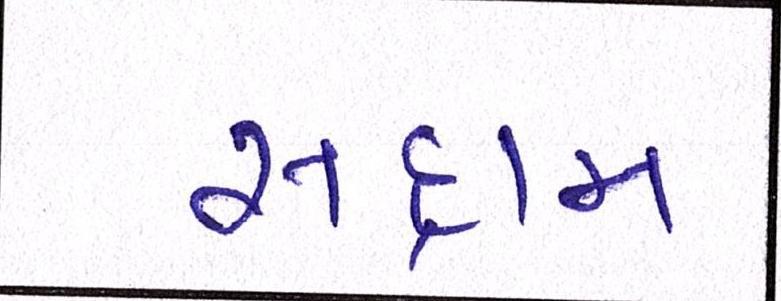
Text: સદ્દામ